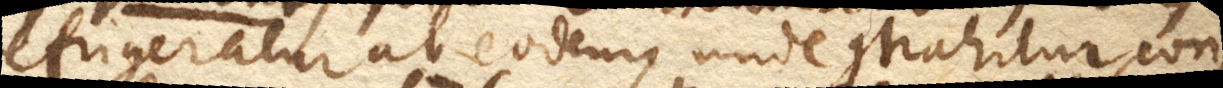
refringeratur ab eodem, unde contrahitur, con–